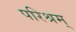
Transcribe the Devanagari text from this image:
परिश्रम्